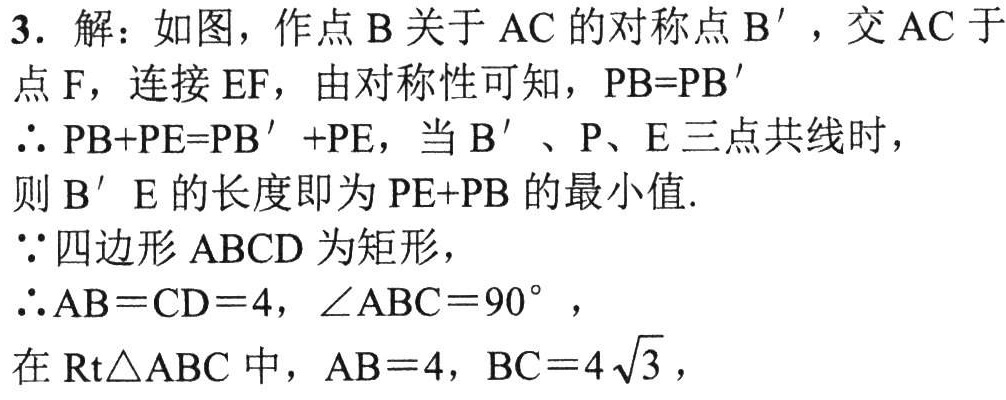
3. 解：如图，作点\(B\)关于\(AC\)的对称点\(B'\)，交\(AC\)于

点\(F\)，连接\(EF\)，由对称性可知，\(PB = PB'\)

\(\therefore PB + PE=PB'+PE\)，当\(B'\)、\(P\)、\(E\)三点共线时，

则\(B'E\)的长度即为\(PE + PB\)的最小值.

\(\because\)四边形\(ABCD\)为矩形，

\(\therefore AB = CD = 4\)，\(\angle ABC = 90^{\circ}\)，

在\(Rt\triangle ABC\)中，\(AB = 4\)，\(BC = 4\sqrt{3}\)，